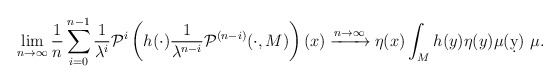
\begin{align*} \lim_{n\to \infty} \frac{1}{n}\sum_{i=0}^{n-1}\frac{1}{\lambda^i} \mathcal P^i\left(h(\cdot)\frac{1}{\lambda^{n-i}} \mathcal P^{(n-i)}(\cdot,M)\right)(x) \xrightarrow{n\to\infty} \eta(x)\int_M h(y)\eta(y)\mu(\d y)\ \mu.\end{align*}